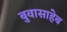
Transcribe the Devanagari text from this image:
बुवासाहेब